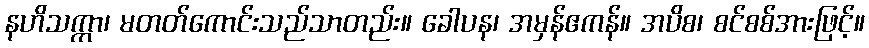
နဟိသက္ကာ၊ မတတ်ကောင်းသည်သာတည်း။ ခေါပန၊ အမှန်ဧကန်။ အပိစ၊ စင်စစ်အားဖြင့်။